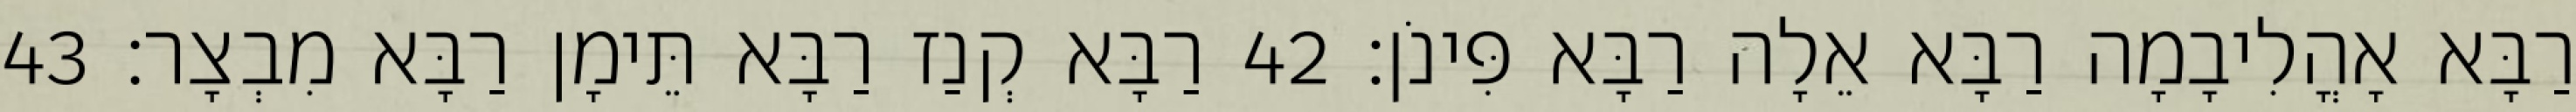
רַבָּא אָהֳלִיבָמָה רַבָּא אֵלָה רַבָּא פִּינֹן׃ 42 רַבָּא קְנַז רַבָּא תֵּימָן רַבָּא מִבְצָר׃ 43